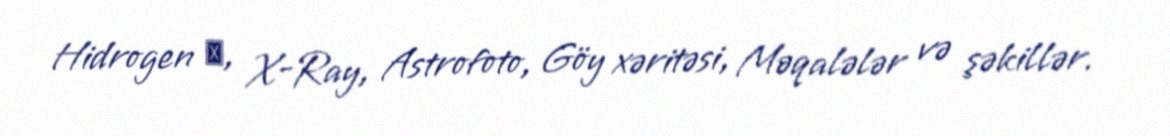
Hidrogen α, X-Ray, Astrofoto, Göy xəritəsi, Məqalələr və şəkillər.